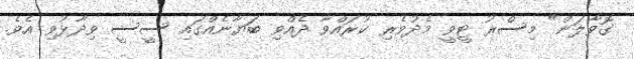
ގޮވާލަން" މިސްރު ޓީވީ މެދުވެރި ކުރައްވާ ދެއްވި ބަޔާނެއްގައި ސީސީ ވިދާޅުވި އެވެ.